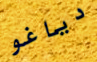
دياغو